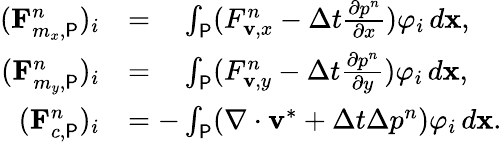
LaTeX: \begin{array}{rl}{(\mathbf{F}_{m_{x},\P}^{n})_{i}}&{=\phantom{-}\int_{\P}(F_{\mathbf{v},x}^{n}-\Delta t\frac{\partial p^{n}}{\partial x})\varphi_{i}\, d\mathbf{x},}\\ {(\mathbf{F}_{m_{y},\P}^{n})_{i}}&{=\phantom{-}\int_{\P}(F_{\mathbf{v},y}^{n}-\Delta t\frac{\partial p^{n}}{\partial y})\varphi_{i}\, d\mathbf{x},}\\ {(\mathbf{F}_{c,\P}^{n})_{i}}&{=-\int_{\P}(\nabla\cdot\mathbf{v}^{\ast}+\Delta t\Delta p^{n})\varphi_{i}\, d\mathbf{x}.}\end{array}